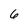
Character: 6